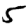
Digit: 5